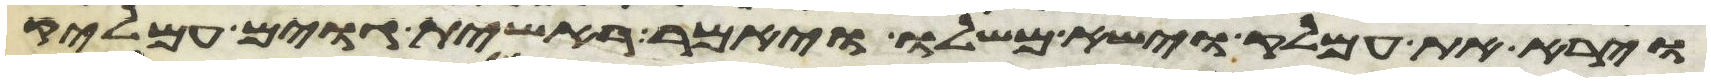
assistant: וירא את עמלק וישא משלו ויאמר ראשית גוים עמלק